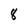
Character: 8